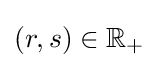
(r,s)\in \mathbb {R} _{+}